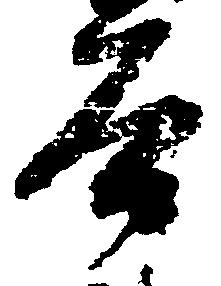
谷